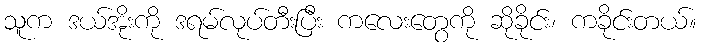
သူက ဒယ်အိုးကို ဒရမ်လုပ်တီးပြီး ကလေးတွေကို ဆိုခိုင်း၊ ကခိုင်းတယ်။